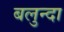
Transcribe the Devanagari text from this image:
बलुन्दा